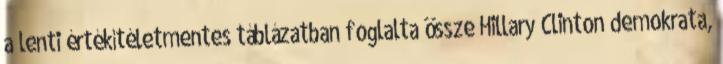
a lenti értékítéletmentes táblázatban foglalta össze Hillary Clinton demokrata,